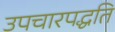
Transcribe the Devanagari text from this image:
उपचारपद्धति